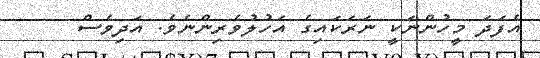
އެފަދަ މީހުންނަކީ ނަރަކައިގެ އަހުލުވެރިންނެވެ. އަދިވެސް